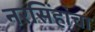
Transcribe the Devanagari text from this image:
नरसिंहांचा